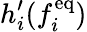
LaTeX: h_{i}^{\prime}(f_{i}^{\mathrm{eq}})